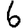
Digit: 6